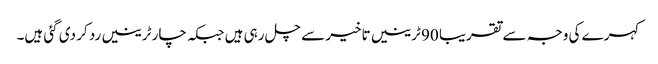
کہرے کی وجہ سے تقریبا 90 ٹرینیں تاخیر سے چل رہی ہیں جبکہ چار ٹرینیں رد کر دی گئی ہیں۔